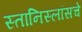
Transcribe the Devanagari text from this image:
स्तानिस्लॉसचे